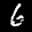
Label: 6